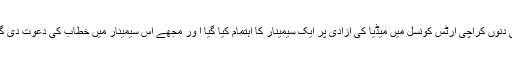
انہی دنوں کراچی آرٹس کونسل میں میڈیا کی آزادی پر ایک سیمینار کا اہتمام کیا گیا ا ور مجھے اس سیمینار میں خطاب کی دعوت دی گئی۔